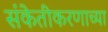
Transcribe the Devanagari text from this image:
संकेतीकरणाच्या